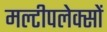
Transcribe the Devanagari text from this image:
मल्टीपलेक्सों